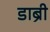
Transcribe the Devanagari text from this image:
डाब्री